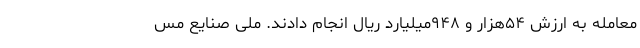
معامله به ارزش ۵۴هزار و ۹۴۸میلیارد ریال انجام دادند. ملی صنایع مس